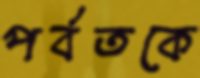
পর্বতকে